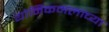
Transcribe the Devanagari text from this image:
योनिकमलाच्या